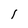
Character: 1